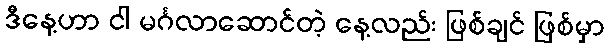
ဒီနေ့ဟာ ငါ မင်္ဂလာဆောင်တဲ့ နေ့လည်း ဖြစ်ချင် ဖြစ်မှာ